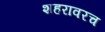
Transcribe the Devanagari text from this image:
शहरावरच